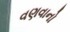
વણવાનો